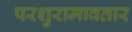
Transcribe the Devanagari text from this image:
परशुरामावतार